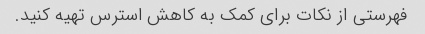
فهرستی از نکات برای کمک به کاهش استرس تهیه کنید.